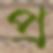
প্র